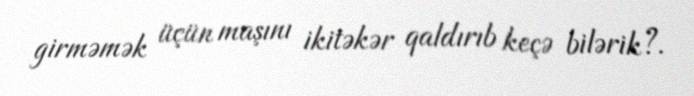
girməmək üçün maşını ikitəkər qaldırıb keçə bilərik?.